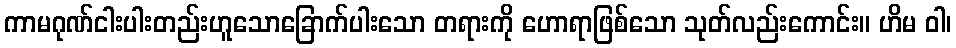
ကာမဂုဏ်ငါးပါးတည်းဟူသောခြောက်ပါးသော တရားကို ဟောရာဖြစ်သော သုတ်လည်းကောင်း။ ဟိမ ဝါ၊